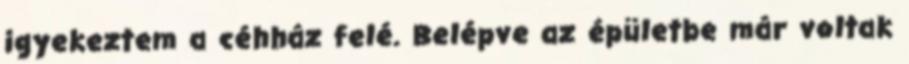
igyekeztem a céhház felé. Belépve az épületbe már voltak